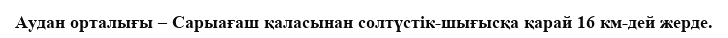
Аудан орталығы – Сарыағаш қаласынан солтүстік-шығысқа қарай 16 км-дей жерде.